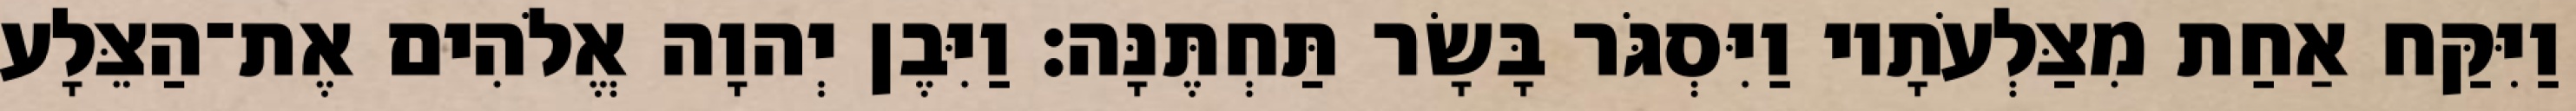
וַיִּקַּח אַחַת מִצַּלְעֹתָיו וַיִּסְגֹּר בָּשָׂר תַּחְתֶּנָּה׃ וַיִּבֶן יְהוָה אֱלֹהִים אֶת־הַצֵּלָע